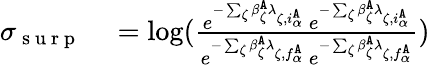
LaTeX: \begin{array}{rl}{\sigma_{\mathrm{~s~u~r~p~}}}&{{}=\log(\frac{e^{-\sum_{\zeta}\beta_{\zeta}^{\tt A}\lambda_{\zeta,i_{\alpha}^{\tt A}}}\ e^{-\sum_{\zeta}\beta_{\zeta}^{\tt A}\lambda_{\zeta,i_{\alpha}^{\tt A}}}}{e^{-\sum_{\zeta}\beta_{\zeta}^{\tt A}\lambda_{\zeta,f_{\alpha}^{\tt A}}}\ e^{-\sum_{\zeta}\beta_{\zeta}^{\tt A}\lambda_{\zeta,f_{\alpha}^{\tt A}}}})}\end{array}